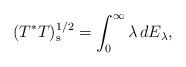
LaTeX: \begin{align*}(T^*T)_{\rm{s}}^{1/2}=\int_0^\infty \lambda\,dE_\lambda,\end{align*}